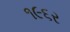
૧૯૬ર